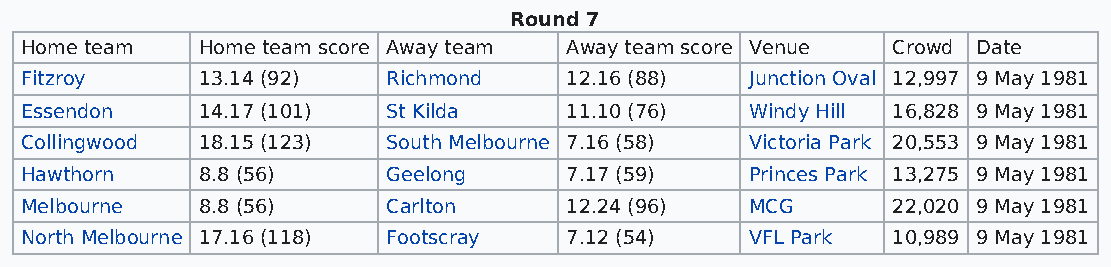
Round 7
 Home team   Home team score Away team Away team score Venue Crowd Date
 Fitzroy     13.14 (92)   Richmond   12.16 (88)   Junction Oval 12,997 9 May 1981
 Essendon    14.17 (101)  St Kilda   11.10 (76)   Windy Hill 16,828 9 May 1981
 Collingwood 18.15 (123)  South Melbourne 7.16 (58) Victoria Park 20,553 9 May 1981
 Hawthorn    8.8 (56)     Geelong    7.17 (59)    Princes Park 13,275 9 May 1981
 Melbourne   8.8 (56)     Carlton    12.24 (96)   MCG      22,020 9 May 1981
 North Melbourne 17.16 (118) Footscray 7.12 (54)  VFL Park 10,989 9 May 1981